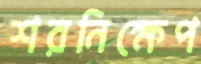
শরনিক্ষেপ